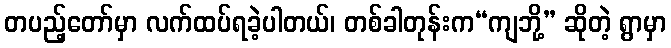
တပည့်တော်မှာ လက်ထပ်ရခဲ့ပါတယ်၊ တစ်ခါတုန်းက“ကျဘို့” ဆိုတဲ့ ရွာမှာ